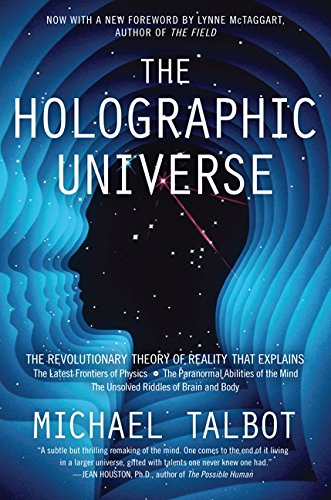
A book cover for The Holographic Universe: The Revolutionary Theory of Reality; Michael Talbot; Science & Math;